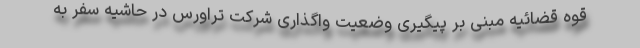
قوه قضائیه مبنی بر پیگیری وضعیت واگذاری شرکت تراورس در حاشیه سفر به